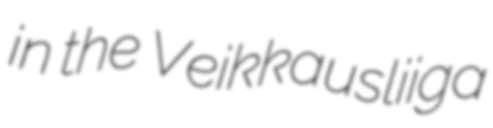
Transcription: in the Veikkausliiga